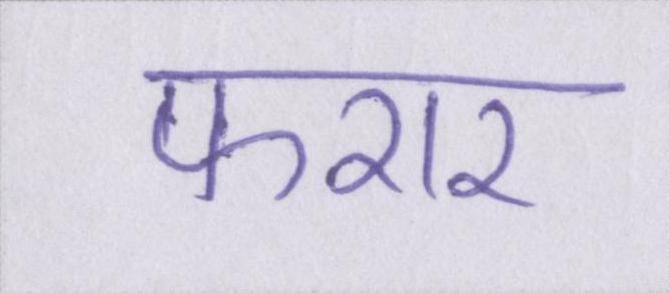
फरार